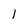
Character: l